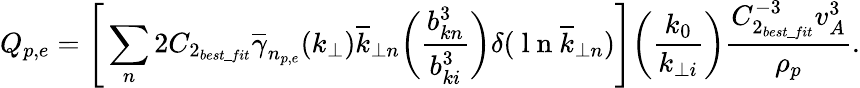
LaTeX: Q_{p,e}=\Bigg[\sum_{n}2C_{2_{best\_ fit}}\overline{{\gamma}}_{n_{p,e}}(k_{\perp})\overline{{k}}_{\perp n}\bigg(\frac{b_{kn}^{3}}{b_{ki}^{3}}\bigg)\delta(\mathrm{~l~n~}\overline{{k}}_{\perp n})\Bigg]\bigg(\frac{k_{0}}{k_{\perp i}}\bigg)\frac{C_{2_{best\_ fit}}^{-3}v_{A}^{3}}{\rho_{p}}.